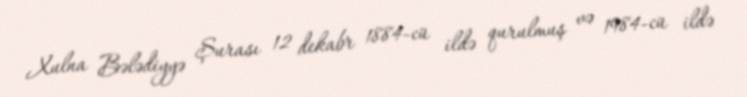
Xulna Bələdiyyə Şurası 12 dekabr 1884-cü ildə qurulmuş və 1984-cü ildə